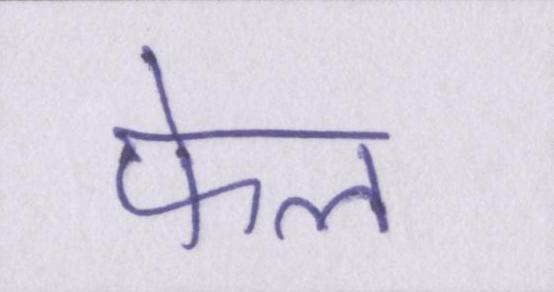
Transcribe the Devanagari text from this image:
फेल